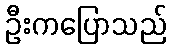
ဦးကပြောသည်